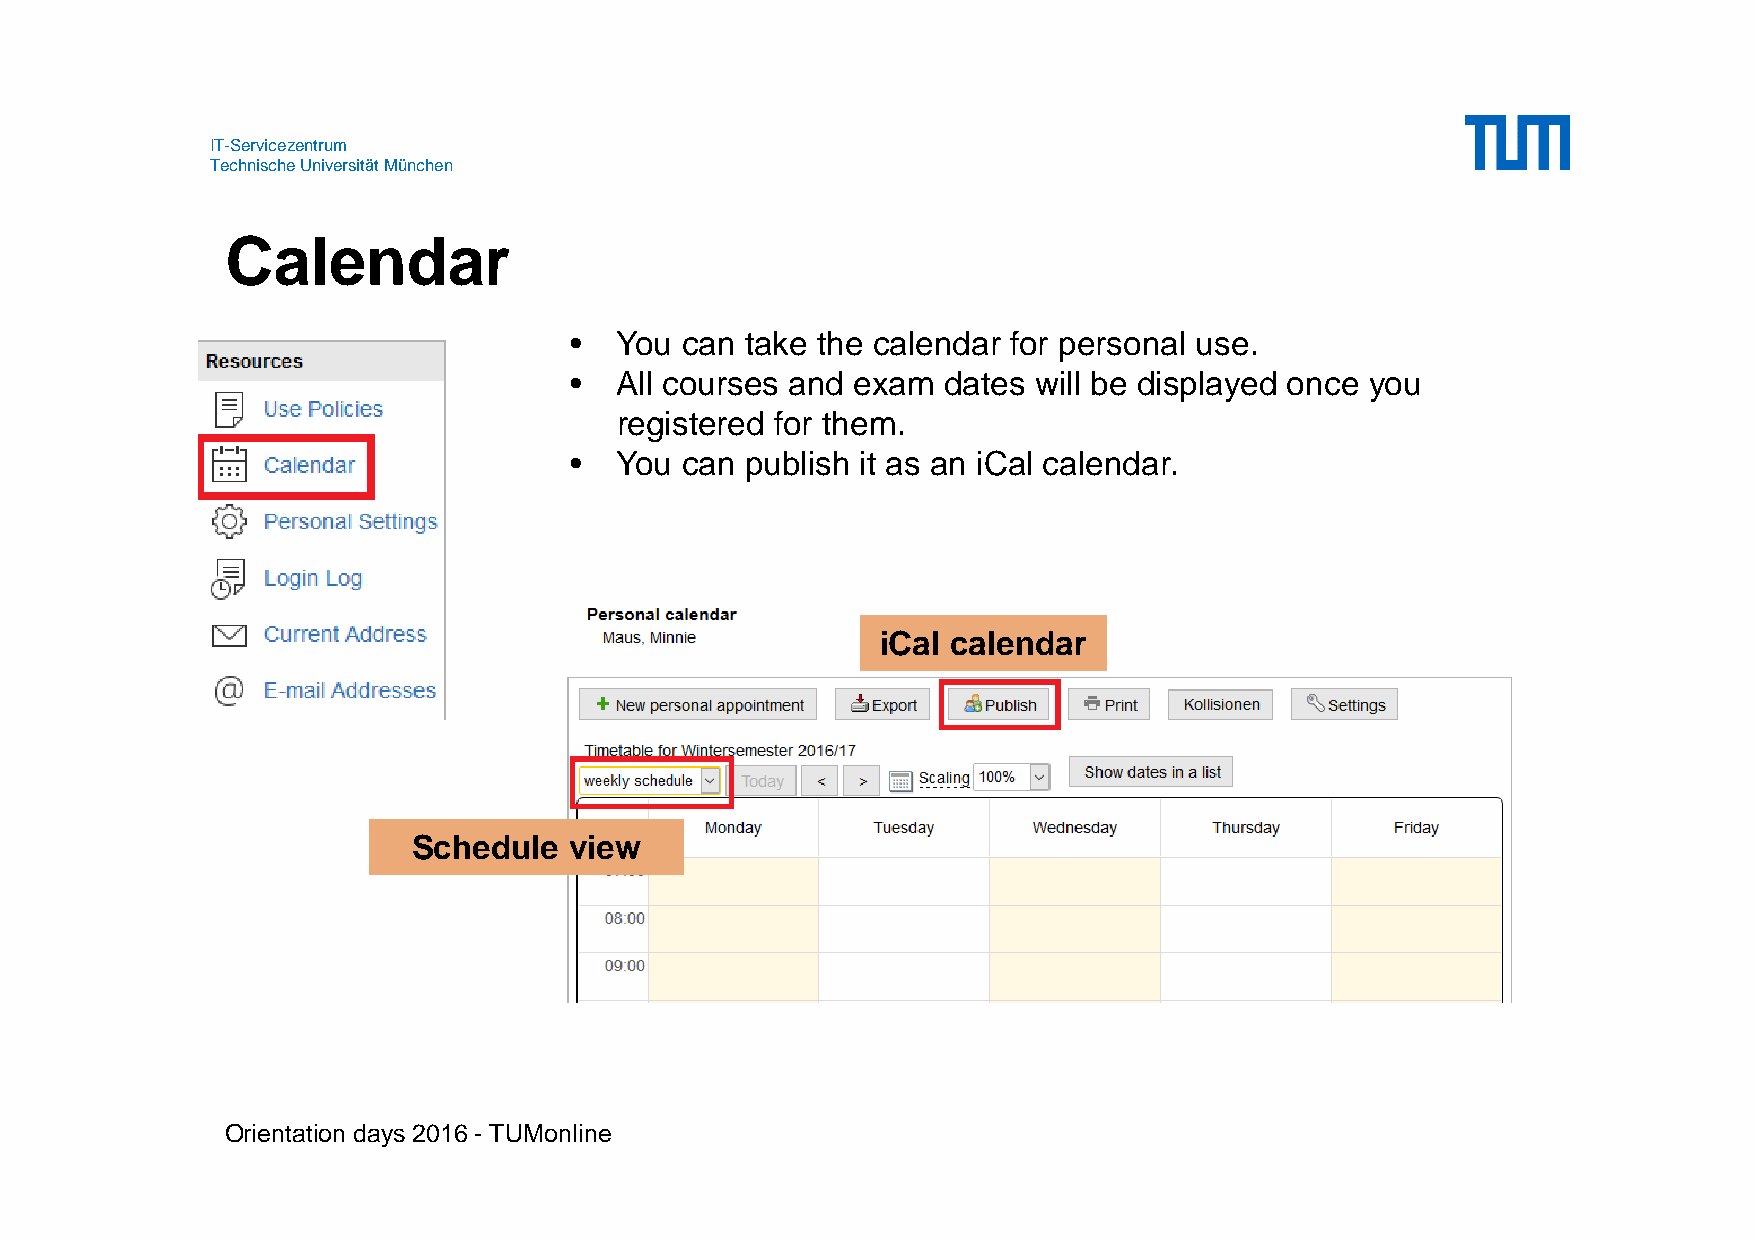
IT-Servicezentrum
 Technische Universität München
 Calendar
 •  You can take the calendar for personal use.
 •  All courses and exam  dates will be displayed once you
 registered for them.
 •  You can publish it as an iCal calendar.
 iCal calendar
 Schedule   view
 Orientation days 2016 - TUMonline